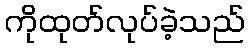
ကိုထုတ်လုပ်ခဲ့သည်